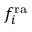
f _ { i } ^ { \mathrm { r a } }